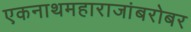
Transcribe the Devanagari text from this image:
एकनाथमहाराजांबरोबर